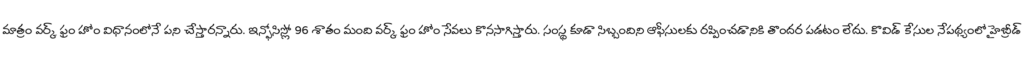
మాత్రం వర్క్ ఫ్రం హోం విధానంలోనే పని చేస్తారన్నారు. ఇన్ఫోసిస్లో 96 శాతం మంది వర్క్ ఫ్రం హోం సేవలు కొనసాగిస్తారు. సంస్థ కూడా సిబ్బందిని ఆఫీసులకు రప్పించడానికి తొందర పడటం లేదు. కొవిడ్ కేసుల నేపథ్యంలో హైబ్రీడ్